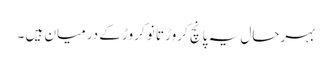
بہرحال یہ پانچ کروڑ تا نو کروڑ کے درمیان ہیں ۔